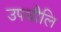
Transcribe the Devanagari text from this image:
उपधौलि